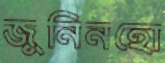
জুনিনহো